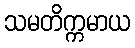
သမတိက္ကမာယ